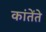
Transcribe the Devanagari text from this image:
कांतेंते